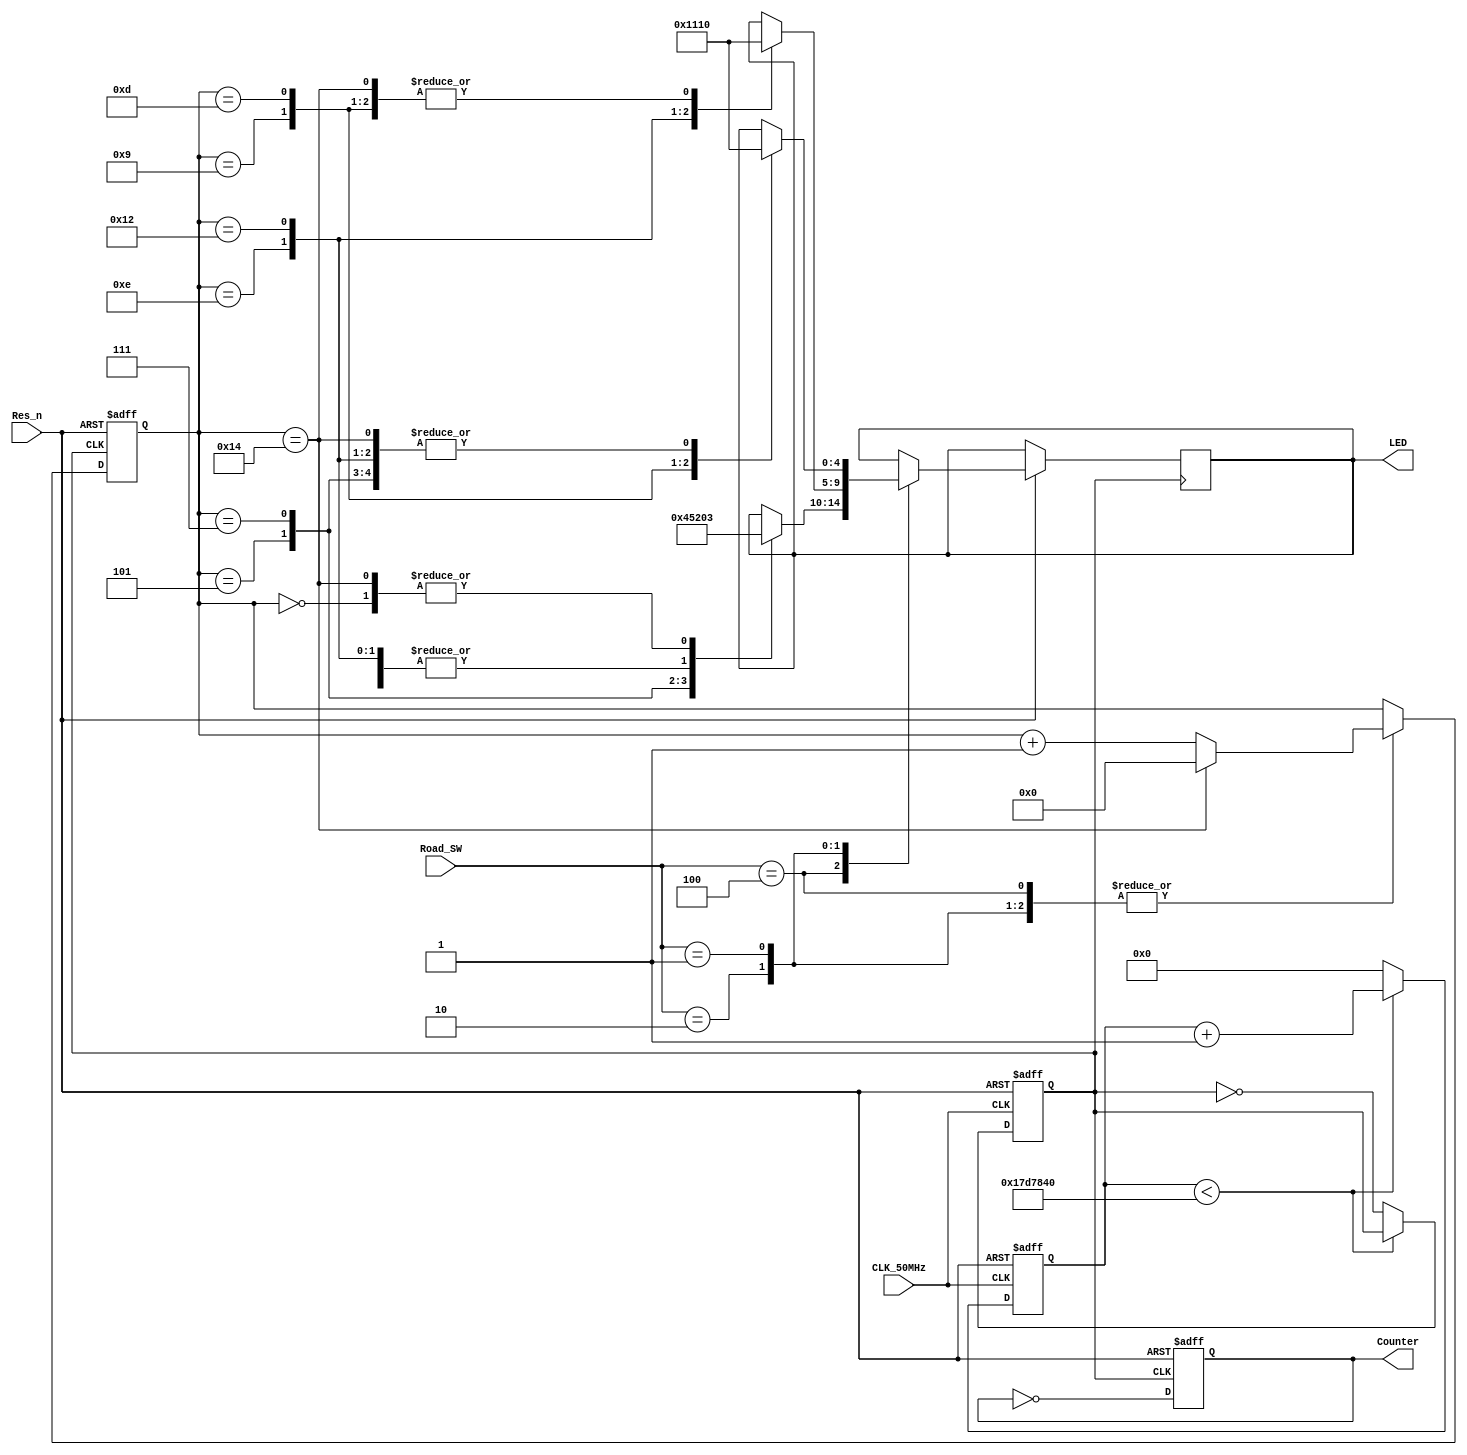
//----------------------------------------------------
//Design Name: Traffic Light
//Function: 
//----------------------------------------------------
module Traffic_Light(LED, Counter, CLK_50MHz, Road_SW, Res_n);
// output
output reg [4:0]LED;
output reg Counter;
// intput
input	CLK_50MHz, Res_n;
input [2:0]Road_SW;
// reg
reg CLK_1Hz;
reg [24:0]CLK_count;
reg [4:0]count;


// 50MHz --> 1Hz(10KHz)
always@(posedge CLK_50MHz or negedge Res_n)begin
	if(!Res_n)begin
		CLK_1Hz = 1'b0;
		CLK_count = 25'd0;
	end
	else begin
		if(CLK_count < 25'd25000000) CLK_count = CLK_count + 25'd1; // (1Hz)25000000 or (10KHz)5000
		else begin
			CLK_1Hz = ~CLK_1Hz;
			CLK_count = 25'd0;
		end
	end
end

// LED Display
always@(posedge CLK_1Hz or negedge Res_n)begin
	if(!Res_n)begin
		count = 5'd0;
		Counter = 1'b0;
	end
	else begin
		Counter = ~Counter;
		case(Road_SW)
			// Road A
			3'b100:begin
				case(count)
					5'd0 :begin
						LED = 5'b00011;
						count = count + 1;
					end
					5'd5 :begin
						LED = 5'b01000;
						count = count + 1;
					end
					5'd7 :begin
						LED = 5'b10100;
						count = count + 1;
					end
					5'd9 :begin
						LED = 5'b10000;
						count = count + 1;
					end
					5'd13:begin
						LED = 5'b10000;
						count = count + 1;
					end
					5'd14:begin
						LED = 5'b10000;
						count = count + 1;
					end
					5'd18:begin
						LED = 5'b10000;
						count = count + 1;
					end
					5'd20:begin
						LED = 5'b00011;
						count = 1'b0;
					end
					default:
						count = count + 1;
				endcase
			end
			// Road B
			3'b010:begin
				case(count)
					5'd0 :begin
						LED = 5'b10000;
						count = count + 1;
					end
					5'd5 :begin
						LED = 5'b10000;
						count = count + 1;
					end
					5'd7 :begin
						LED = 5'b10000;
						count = count + 1;
					end
					5'd9 :begin
						LED = 5'b10000;
						count = count + 1;
					end
					5'd13:begin
						LED = 5'b10000;
						count = count + 1;
					end
					5'd14:begin
						LED = 5'b00100;
						count = count + 1;
					end
					5'd18:begin
						LED = 5'b01000;
						count = count + 1;
					end
					5'd20:begin
						LED = 5'b10000;
						count = 1'b0;
					end
					default:
						count = count + 1;
				endcase
			end
			// Road C
			3'b001:begin
				case(count)
					5'd0 :begin
						LED = 5'b10000;
						count = count + 1;
					end
					5'd5 :begin
						LED = 5'b10000;
						count = count + 1;
					end
					5'd7 :begin
						LED = 5'b10000;
						count = count + 1;
					end
					5'd9 :begin
						LED = 5'b00100;
						count = count + 1;
					end
					5'd13:begin
						LED = 5'b01000;
						count = count + 1;
					end
					5'd14:begin
						LED = 5'b10000;
						count = count + 1;
					end
					5'd18:begin
						LED = 5'b10000;
						count = count + 1;
					end
					5'd20:begin
						LED = 5'b10000;
						count = 1'b0;
					end
					default:
						count = count + 1;
				endcase
			end
		endcase
	end
end
endmodule